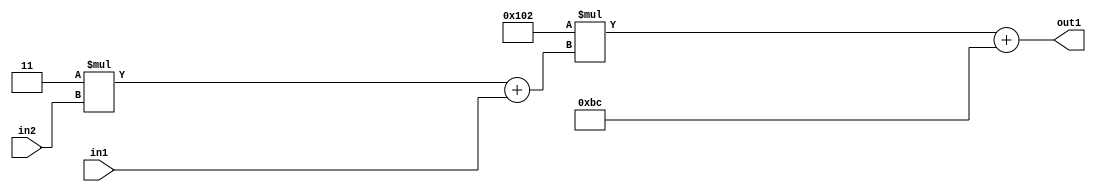
`timescale 1ps / 1ps
/*****************************************************************************
    Verilog RTL Description
    
    
    Created by: Stratus DpOpt 2019.1.01 
*******************************************************************************/

module DC_Filter_Add2i188Mul2i258Add2u1Mul2i3u2_1 (
	in2,
	in1,
	out1
	); /* architecture "behavioural" */ 
input [1:0] in2;
input  in1;
output [11:0] out1;
wire [11:0] asc001;
wire [3:0] asc002;

wire [3:0] asc002_tmp_0;
assign asc002_tmp_0 = 
	+(4'B0011 * in2);
assign asc002 = asc002_tmp_0
	+(in1);

wire [11:0] asc001_tmp_1;
assign asc001_tmp_1 = 
	+(12'B000100000010 * asc002);
assign asc001 = asc001_tmp_1
	+(12'B000010111100);

assign out1 = asc001;
endmodule

/* CADENCE  v7X1TQ8= : u9/ySgnWtBlWxVPRXgAZ4Og= ** DO NOT EDIT THIS LINE ******/